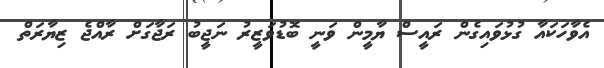
އެވާހަކައާ ގުޅުވައިގެން ރައީސް ޔާމީން ވަނީ ބޮޑުވަޒީރު ނަޖީބު ރަޖާގަށް ރާއްޖެ ޒިޔާރަތް